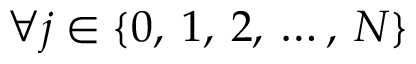
\forall j \in \{ 0 , \: 1 , \: 2 , \: \dots , \: N \}